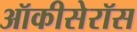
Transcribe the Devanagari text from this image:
ऑकीसेरॉस